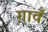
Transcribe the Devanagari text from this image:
ग़ावँ